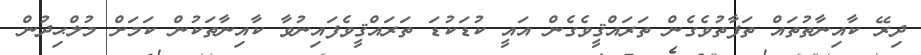
ދިރޭ ކާއިނާތުތައް ތަފާތުވެގެން ތަރައްޤީވެގެން އައީ ކުޑަކުޑަ ތަރައްޤީވެފައިނުވާ ކާއިނާތަކުން ކަމަށް މުލްޙިދުން